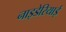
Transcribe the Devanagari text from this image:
नाइडेरियाई